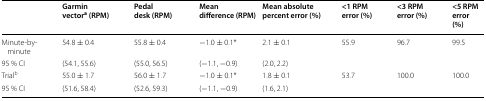
<table><thead><tr><td></td><td><b>Garmin vector<sup>a</sup> (RPM)</b></td><td><b>Pedal desk (RPM)</b></td><td><b>Mean difference (RPM)</b></td><td><b>Mean absolute percent error (%)</b></td><td><b>&lt;1 RPM error (%)</b></td><td><b>&lt;3 RPM error (%)</b></td><td><b>&lt;5 RPM error (%)</b></td></tr></thead><tbody><tr><td>Minute-by-minute</td><td>54.8 ± 0.4</td><td>55.8 ± 0.4</td><td>−1.0 ± 0.1*</td><td>2.1 ± 0.1</td><td>55.9</td><td>96.7</td><td>99.5</td></tr><tr><td>95 % CI</td><td>(54.1, 55.6)</td><td>(55.0, 56.5)</td><td>(−1.1, −0.9)</td><td>(2.0, 2.2)</td><td></td><td></td><td></td></tr><tr><td>Trial<sup>b</sup></td><td>55.0 ± 1.7</td><td>56.0 ± 1.7</td><td>−1.0 ± 0.1*</td><td>1.8 ± 0.1</td><td>53.7</td><td>100.0</td><td>100.0</td></tr><tr><td>95 % CI</td><td>(51.6, 58.4)</td><td>(52.6, 59.3)</td><td>(−1.1, −0.9)</td><td>(1.6, 2.1)</td><td></td><td></td><td></td></tr></tbody></table>